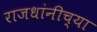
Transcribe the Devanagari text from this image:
राजधांनीच्या